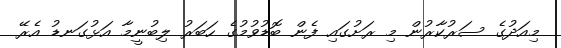
މިއަދުގެ ސަރުކާރުން މި ރަށުގައި ފެން ބޮޑުވުމުގެ ހަބަރު ލިބުނީމާ އަޅުގަނޑު އެރޭ